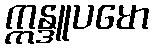
ဣန္ဒူပမော